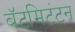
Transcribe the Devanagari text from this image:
बॅटमिटंटन